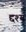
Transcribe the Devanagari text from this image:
द्दश्य